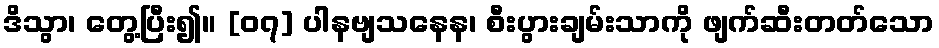
ဒိသွာ၊ တွေ့ပြီး၍။ [၀၇] ပါနဗျသနေန၊ စီးပွားချမ်းသာကို ဖျက်ဆီးတတ်သော